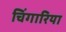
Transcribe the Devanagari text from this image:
चिंगारिया